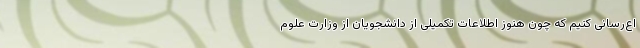
اع‌رسانی کنیم که چون هنوز اطلاعات تکمیلی از دانشجویان از وزارت علوم